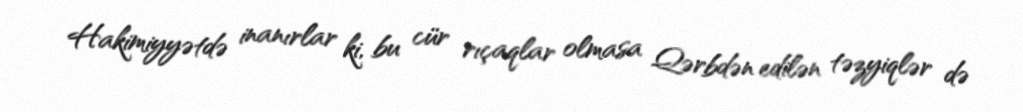
Hakimiyyətdə inanırlar ki, bu cür rıçaqlar olmasa Qərbdən edilən təzyiqlər də